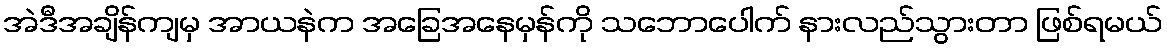
အဲဒီအချိန်ကျမှ အာယနဲက အခြေအနေမှန်ကို သဘောပေါက် နားလည်သွားတာ ဖြစ်ရမယ်